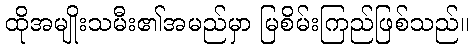
ထိုအမျိုးသမီး၏အမည်မှာ မြစိမ်းကြည်ဖြစ်သည်။